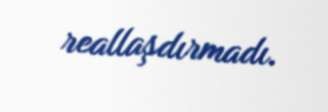
reallaşdırmadı.